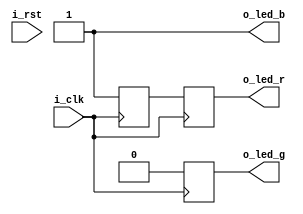
/******************************************************************************
*                                                                             *
* Copyright 2016 myStorm Copyright and related                                *
* rights are licensed under the Solderpad Hardware License, Version 0.51      *
* (the License); you may not use this file except in compliance with        *
* the License. You may obtain a copy of the License at                        *
* http://solderpad.org/licenses/SHL-0.51. Unless required by applicable       *
* law or agreed to in writing, software, hardware and materials               *
* distributed under this License is distributed on an AS IS BASIS,          *
* WITHOUT WARRANTIES OR CONDITIONS OF ANY KIND, either express or             *
* implied. See the License for the specific language governing                *
* permissions and limitations under the License.                              *
*                                                                             *
******************************************************************************/

module led(input i_clk, input i_rst, output o_led_r, output o_led_g, output o_led_b);

  // Source
  reg r_led_g_var;
  reg r_led_r_reg;

  // Dest
  reg r_dest_led_g_var;
  reg r_dest_led_r_reg;
  
  // Permanent assignments
  assign o_led_b = 1'b1;

  // always at clock pulse
  always @(posedge i_clk)
  begin
    // Set RED and GREEN to on (low is on)  
    r_led_r_reg <= 1'b0;
    r_led_g_var =  1'b0;
 
    // Copy the register and the variable to the output wires 
    r_dest_led_r_reg <= r_led_r_reg; 
    r_dest_led_g_var <= r_led_g_var;
  
    // Set RED and GREEN to off (high is off)
    r_led_r_reg <= 1'b1;
    r_led_g_var = 1'b1;

    // After programming for the first time uncomment the two lines below
    //r_dest_led_r_reg <= r_led_r_reg; 
    //r_dest_led_g_var <= r_led_g_var;
  end

  // Assign the registers to the output
  assign o_led_r = r_dest_led_r_reg;
  assign o_led_g = r_dest_led_g_var;

endmodule